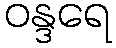
ဝန္ဒရေ